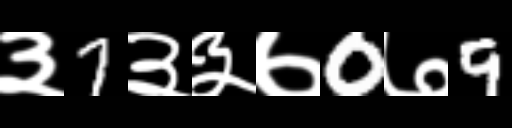
Text: ३7३३७0७9